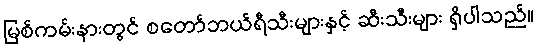
မြစ်ကမ်းနားတွင် စတော်ဘယ်ရီသီးများနှင့် ဆီးသီးများ ရှိပါသည်။